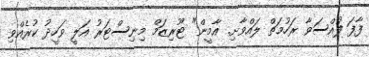
ފާފަ ފުއްސަވާ ރަހުމަތް ލައްވާށި. އާމީން" ޓޫރިޒަމް މިނިސްޓަރު އަލީ ވަހީދު ކުރެއްވި